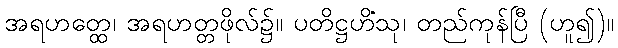
အရဟတ္ထေ၊ အရဟတ္တဖိုလ်၌။ ပတိဋ္ဌဟိံသု၊ တည်ကုန်ပြီ (ဟူ၍)။